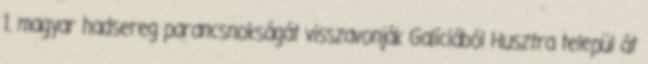
1. magyar hadsereg parancsnokságát visszavonják Galíciából Husztra települ át